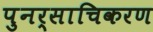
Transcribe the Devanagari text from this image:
पुनर्साचिकरण